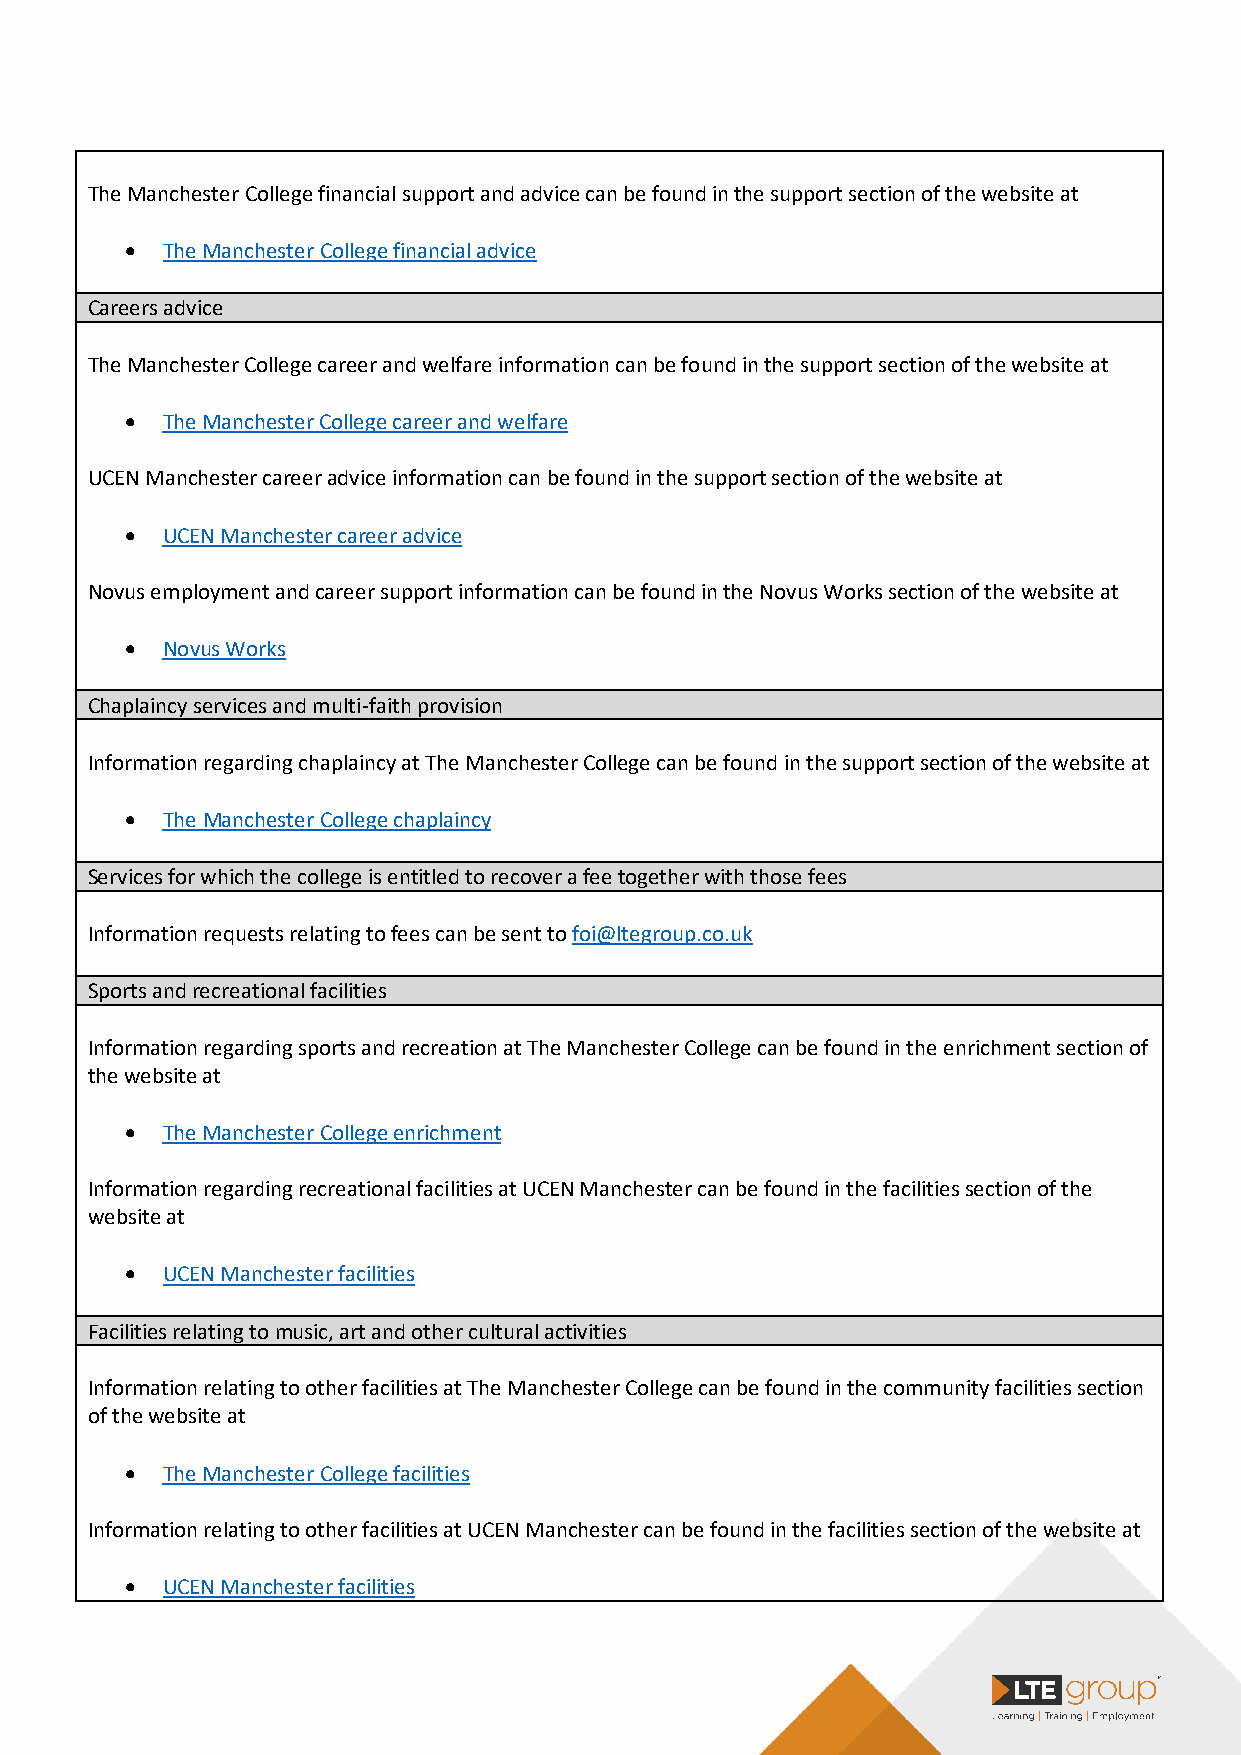
The Manchester College financial support and advice can be found in the support section of the website at
 •  The Manchester College financial advice
 Careers advice
 The Manchester College career and welfare information can be found in the support section of the website at
 •  The Manchester College career and welfare
 UCEN Manchester career advice information can be found in the support section of the website at
 •  UCEN Manchester career advice
 Novus employment and career support information can be found in the Novus Works section of the website at
 •  Novus Works
 Chaplaincy services and multi-faith provision
 Information regarding chaplaincy at The Manchester College can be found in the support section of the website at
 •  The Manchester College chaplaincy
 Services for which the college is entitled to recover a fee together with those fees
 Information requests relating to fees can be sent to foi@ltegroup.co.uk
 Sports and recreational facilities
 Information regarding sports and recreation at The Manchester College can be found in the enrichment section of
 the website at
 •  The Manchester College enrichment
 Information regarding recreational facilities at UCEN Manchester can be found in the facilities section of the
 website at
 •  UCEN Manchester facilities
 Facilities relating to music, art and other cultural activities
 Information relating to other facilities at The Manchester College can be found in the community facilities section
 of the website at
 •  The Manchester College facilities
 Information relating to other facilities at UCEN Manchester can be found in the facilities section of the website at
 •  UCEN Manchester facilities